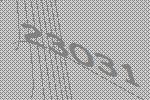
23031